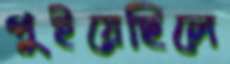
পুইয়েছিলে